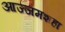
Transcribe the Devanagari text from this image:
आज्जमशहा